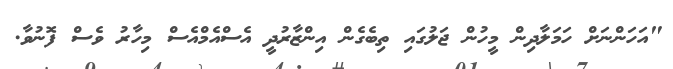
"އަހަންނަށް ހަމަލާދިން މީހުން ޖަލުގައި ތިބެގެން އިންޒާރުދީ އެސްއެމްއެސް މިހާރު ވެސް ފޮނުވާ.